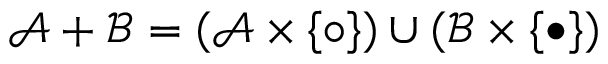
{ \mathcal { A } } + { \mathcal { B } } = ( { \mathcal { A } } \times \{ \circ \} ) \cup ( { \mathcal { B } } \times \{ \bullet \} )